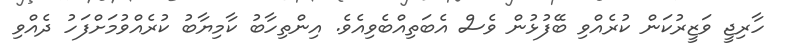
ހާރިޖީ ވަޒީރުކަން ކުރެއްވި ބޭފުޅުން ވެސް އެބަތިއްބެވިއެވެ. އިންތިހާބު ކާމިޔާބު ކުރެއްވުމަށްފަހު ދެއްވި